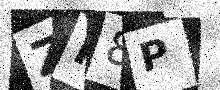
Text: ZN8P